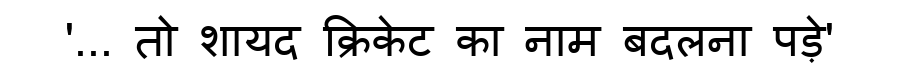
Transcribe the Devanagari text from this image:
'... तो शायद क्रिकेट का नाम बदलना पड़े'